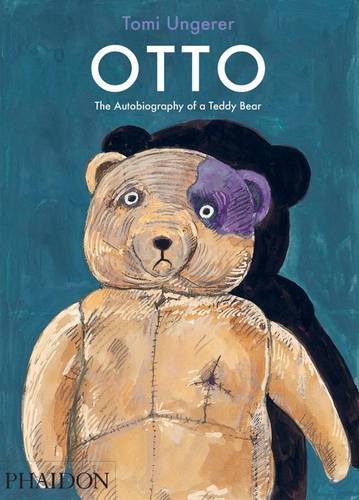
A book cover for Otto: The Autobiography of a Teddy Bear; Tomi Ungerer; Teen & Young Adult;